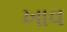
ખાવ